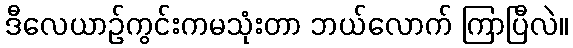
ဒီလေယာဉ်ကွင်းကမသုံးတာ ဘယ်လောက် ကြာပြီလဲ။